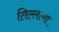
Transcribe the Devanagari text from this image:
तिल्लाणा